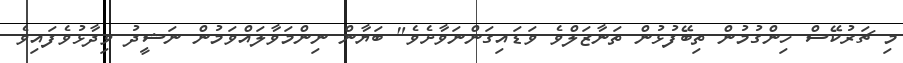
މި ޗަރުކޭސް ހިންގުމުން ތިބޭފުޅުން ތަނާޒަލްވެ ވަޑައިގަންނަވާށެވެ" ބަޔާން ނިންމަވާލައްވަމުން ނަޝީދު ވިދާޅުވެފައިވެ